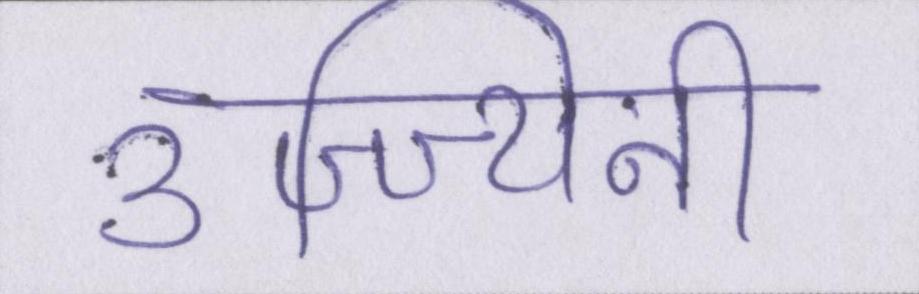
उज्ज्यिनी